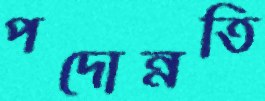
পদোন্নতি